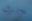
حدث